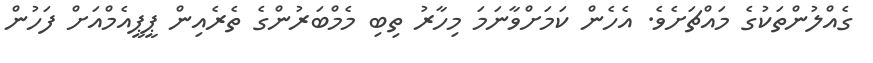
ގެއްލުންތަކުގެ މައްޗަށެވެ. އެހެން ކަމަށްވާނަމަ މިހާރު ތިބި މެމްބަރުންގެ ތެރެއިން ޕީޕީއެމްއަށް ފަހުން